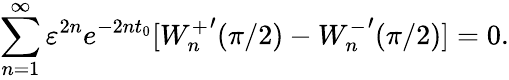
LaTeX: \sum_{n=1}^{\infty}\varepsilon^{2n}e^{-2nt_{0}}[{W_{n}^{+}}^{\prime}(\pi/2)-{W_{n}^{-}}^{\prime}(\pi/2)]=0.